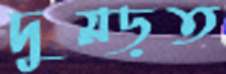
দুম্‌ড়ত